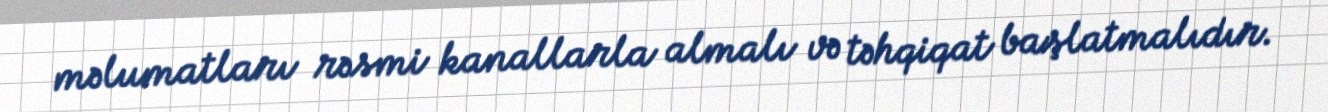
məlumatları rəsmi kanallarla almalı və təhqiqat başlatmalıdır.